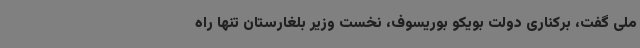
ملی گفت، برکناری دولت بویکو بوریسوف، نخست وزیر بلغارستان تنها راه